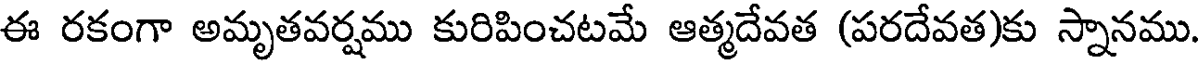
ఈ రకంగా అమృతవర్షము కురిపించటమే ఆత్మదేవత (పరదేవత)కు స్నానము